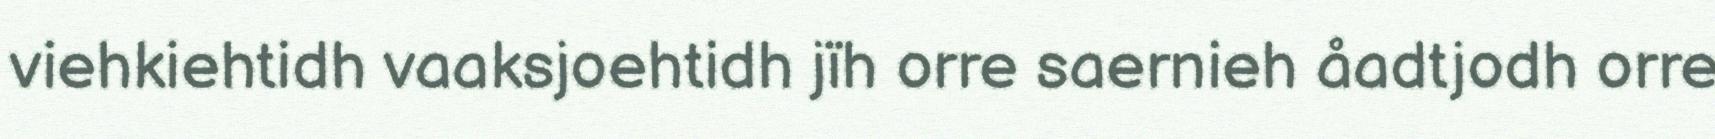
viehkiehtidh vaaksjoehtidh jïh orre saernieh åadtjodh orre